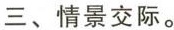
三、情景交际。